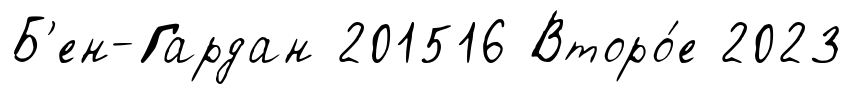
Б'ен-Гардан 201516 Второ́е 2023